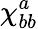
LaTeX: \chi_{bb}^{a}